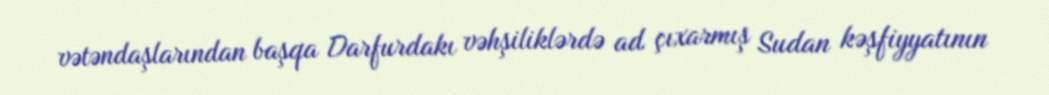
vətəndaşlarından başqa Darfurdakı vəhşiliklərdə ad çıxarmış Sudan kəşfiyyatının